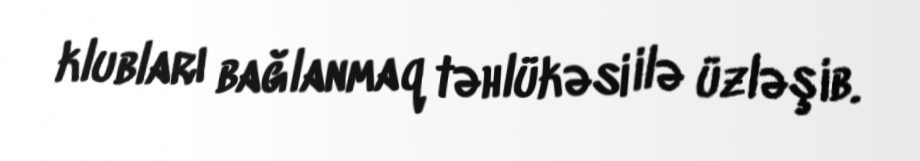
klubları bağlanmaq təhlükəsi ilə üzləşib.